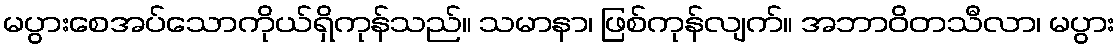
မပွားစေအပ်သောကိုယ်ရှိကုန်သည်။ သမာနာ၊ ဖြစ်ကုန်လျက်။ အဘာဝိတသီလာ၊ မပွား